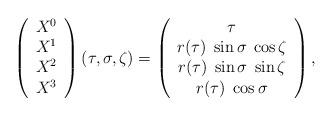
LaTeX: \begin{align*}\left(\begin{array}{c}X^0\\X^1\\X^2\\X^3\end{array}\right) (\tau, \sigma, \zeta) = \left(\begin{array}{c}\tau\\r(\tau)\;\sin\sigma\;\cos\zeta\\r(\tau)\;\sin\sigma\;\sin\zeta\\r(\tau)\;\cos\sigma\end{array}\right),\end{align*}